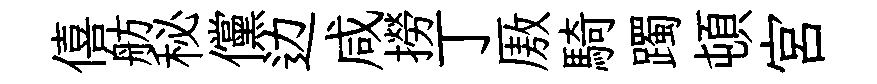
僖舫秘儻边咸撈丁厫騎躅頓宫